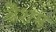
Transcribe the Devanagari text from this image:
वैशम